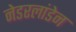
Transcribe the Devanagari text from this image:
नेडरलांडेन